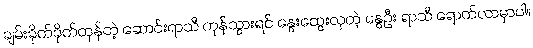
ချမ်းခိုက်ခိုက်တုန်တဲ့ ဆောင်းရာသီ ကုန်သွားရင် နွေးထွေးလှတဲ့ နွေဦး ရာသီ ရောက်လာမှာပါ။